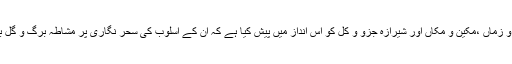
انھوں نے زمین و زماں ،مکین و مکاں اور شیرازہ جزو و کل کو اس انداز میں پیش کیا ہے کہ ان کے اسلوب کی سحر نگاری پر مشاطہ برگ و گل بھی دم بخود ہے۔